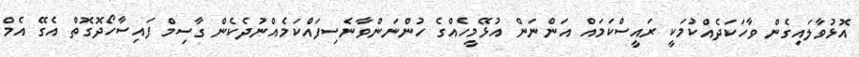
އޮޅުވާލައިގެން ވާހަކަދެއްކުމަކީ ރައީސްކަމައް އަންނަން އުޅޭމީހެއްގެ ހުންނަންވާނެސިފައެްކަމެއްނުދެކެން ގާސިމް ފައިސާހޯދޮގޮތް އެގޭ އެމް